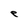
Character: e